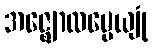
အဇ္ဈောလမ္ဗေယျုံ